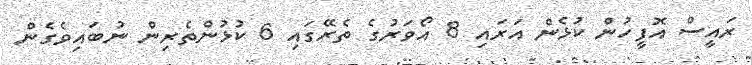
ރައީސް އޮފީހުން ކުޅެން އަރައި 8 އޯވަރުގެ ތެރޭގައި 6 ކުޅުންތެރިން ނުބައިވެގެން